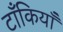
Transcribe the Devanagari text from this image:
टाँकियाँ